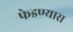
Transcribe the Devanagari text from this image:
फेडण्यास